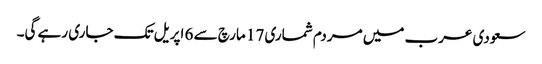
سعودی عرب میں مردم شماری 17 مارچ سے 6 اپریل تک جاری رہے گی۔